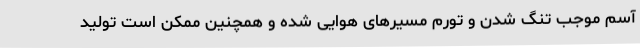
آسم موجب تنگ شدن و تورم مسیرهای هوایی شده و همچنین ممکن است تولید